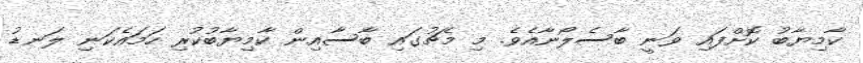
ކާމިޔާބު ކޮށްފައި ވަނީ ބާސެލޯނާއެވެ. މި މެޗުގައި ބާސާއިން ކާމިޔާބުކުރި ހަމައެކަނި ލަނޑު